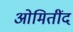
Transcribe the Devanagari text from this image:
ओमितींद